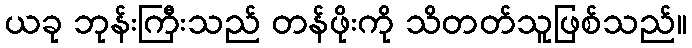
ယခု ဘုန်းကြီးသည် တန်ဖိုးကို သိတတ်သူဖြစ်သည်။